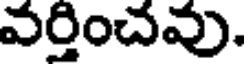
వర్తించవు.